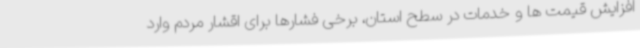
افزایش قیمت ها و خدمات در سطح استان، برخی فشارها برای اقشار مردم وارد